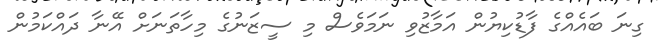
ގިނަ ބައެއްގެ ފާޑުކިޔުން އަމާޒުވި ނަމަވެސް މި ސީޒަނުގެ މިހާތަނަށް އޭނާ ދައްކަމުން